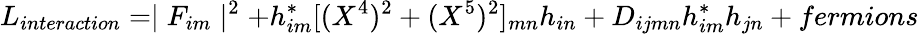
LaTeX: L_{interaction}=\mid F_{im}\mid^{2}+h_{im}^{\ast}[(X^{4})^{2}+(X^{5})^{2}]_{mn}h_{in}+D_{ijmn}h_{im}^{\ast}h_{jn}+fermions